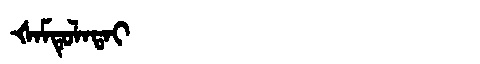
Manchu: ᡧᠠᠮᡨᡠᠯᠠᡨᠠᡳ
Romanization: ŠAMTULATAI